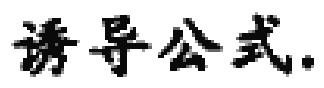
诱导公式.